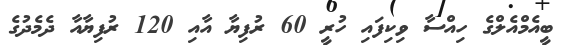
ބީއެމްއެލްގެ ހިއްސާ ވިކިފައި ހުރީ 60 ރުފިޔާ އާއި 120 ރުފިޔާއާ ދެމެދުގެ